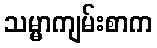
သမ္မာကျမ်းစာက